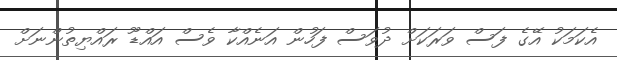
އެކަމަކު އޭގެ ފަސް ވަރަކަށް ދުވަސް ފަހުން އަނެއްކާ ވެސް އައްޑޫ ރައްޔިތުންނަށް